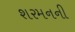
શરમનની